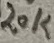
Text: 20K